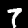
Digit: 7